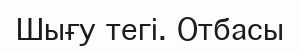
Шығу тегі. Отбасы